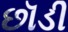
છૉડી